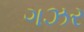
ગઝર